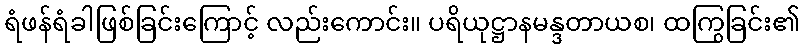
ရံဖန်ရံခါဖြစ်ခြင်းကြောင့် လည်းကောင်း။ ပရိယုဋ္ဌာနမန္ဒတာယစ၊ ထကြွခြင်း၏